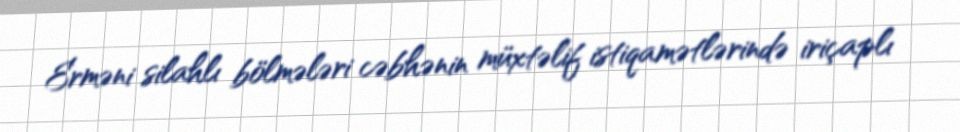
Erməni silahlı bölmələri cəbhənin müxtəlif istiqamətlərində iriçaplı